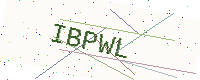
Text: IBPWL